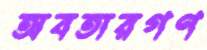
অবতারগণ